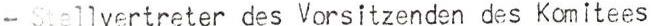
Stellvertreter des Vorsitzenden des Komitees